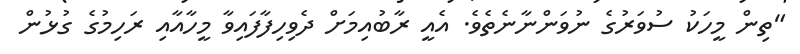
"ތިން މީހަކު ސުވަރުގެ ނުވަންނާނެތެވެ. އެއީ ރާބުއިމަށް ދެވިހިފާފައިވާ މީހާއާއި ރަހިމުގެ ގުޅުން